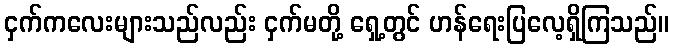
ငှက်ကလေးများသည်လည်း ငှက်မတို့ ရှေ့တွင် ဟန်ရေးပြလေ့ရှိကြသည်။